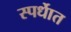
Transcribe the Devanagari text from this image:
स्पर्धाेत